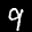
Label: 9